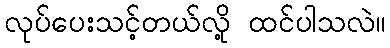
လုပ်ပေးသင့်တယ်လို့ ထင်ပါသလဲ။